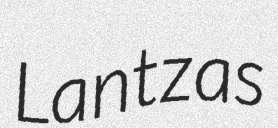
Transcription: Lantzas